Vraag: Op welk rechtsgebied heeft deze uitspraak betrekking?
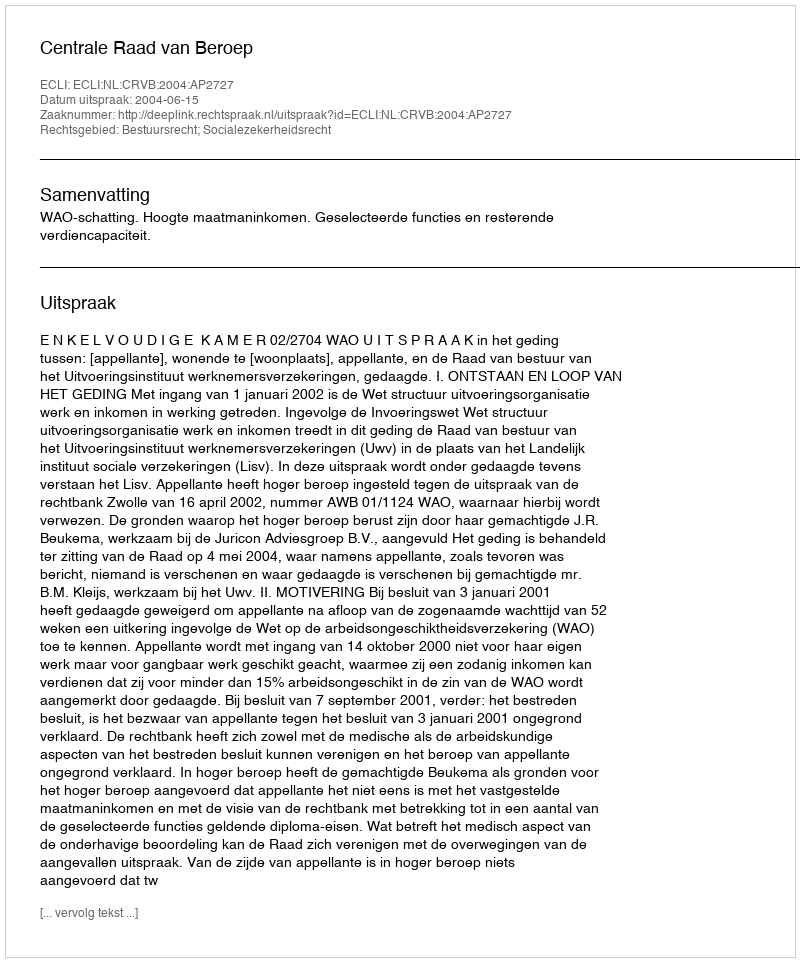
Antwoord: Bestuursrecht; Socialezekerheidsrecht